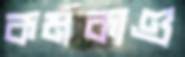
কর্মকাণ্ড